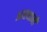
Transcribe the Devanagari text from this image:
आस्थानों